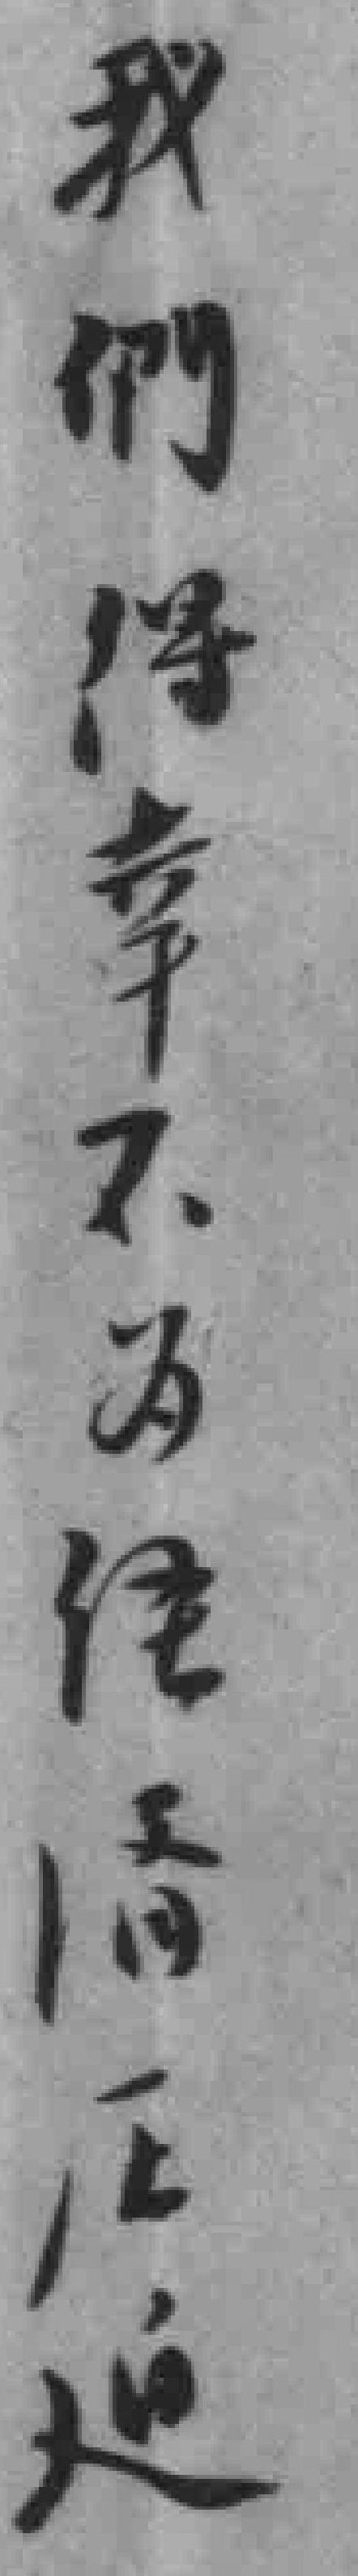
我們得幸不为経済压迫